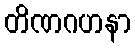
တိဏဂဟနာ